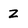
Character: z